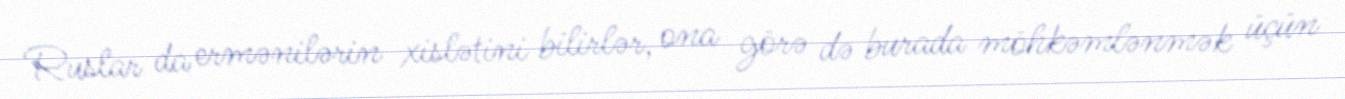
Ruslar da ermənilərin xislətini bilirlər, ona görə də burada möhkəmlənmək üçün